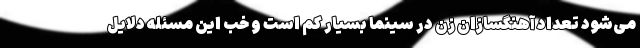
می‌شود تعداد آهنگسازان زن در سینما بسیار کم است و خب این مسئله دلایل